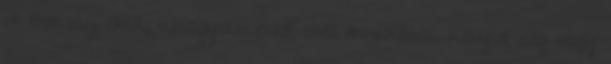
of Bombay című, utcagyerekekről szóló munkáival. Könyve elég nagy